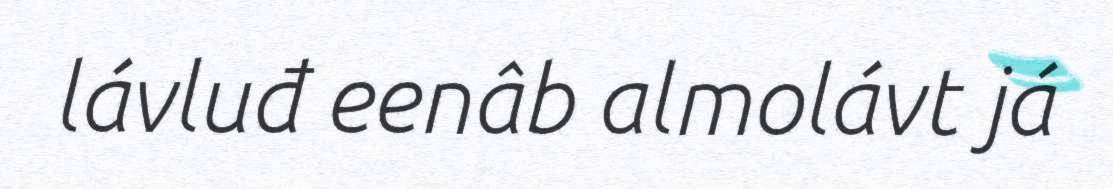
lávluđ eenâb almolávt já